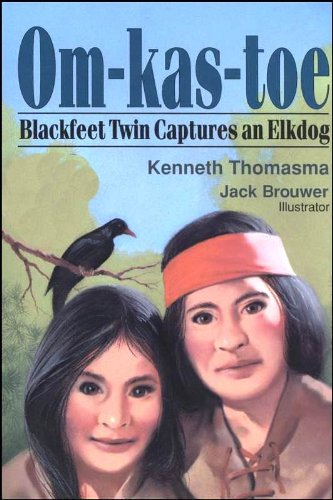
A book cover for Om-Kas-Toe: Blackfeet Twin Captures an Elkdog (Amazing Indian Children); Kenneth Thomasma; Literature & Fiction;